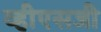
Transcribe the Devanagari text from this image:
व्हीएसजी